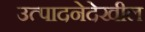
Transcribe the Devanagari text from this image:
उत्पादनेदेखील